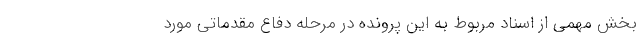
بخش مهمی از اسناد مربوط به این پرونده در مرحله دفاع مقدماتی مورد